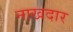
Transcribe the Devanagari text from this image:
नाखदार